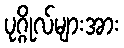
ပုဂ္ဂိုလ်များအား